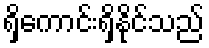
ရှိကောင်းရှိနိုင်သည်